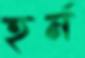
হর্ন